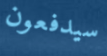
سيدفعون